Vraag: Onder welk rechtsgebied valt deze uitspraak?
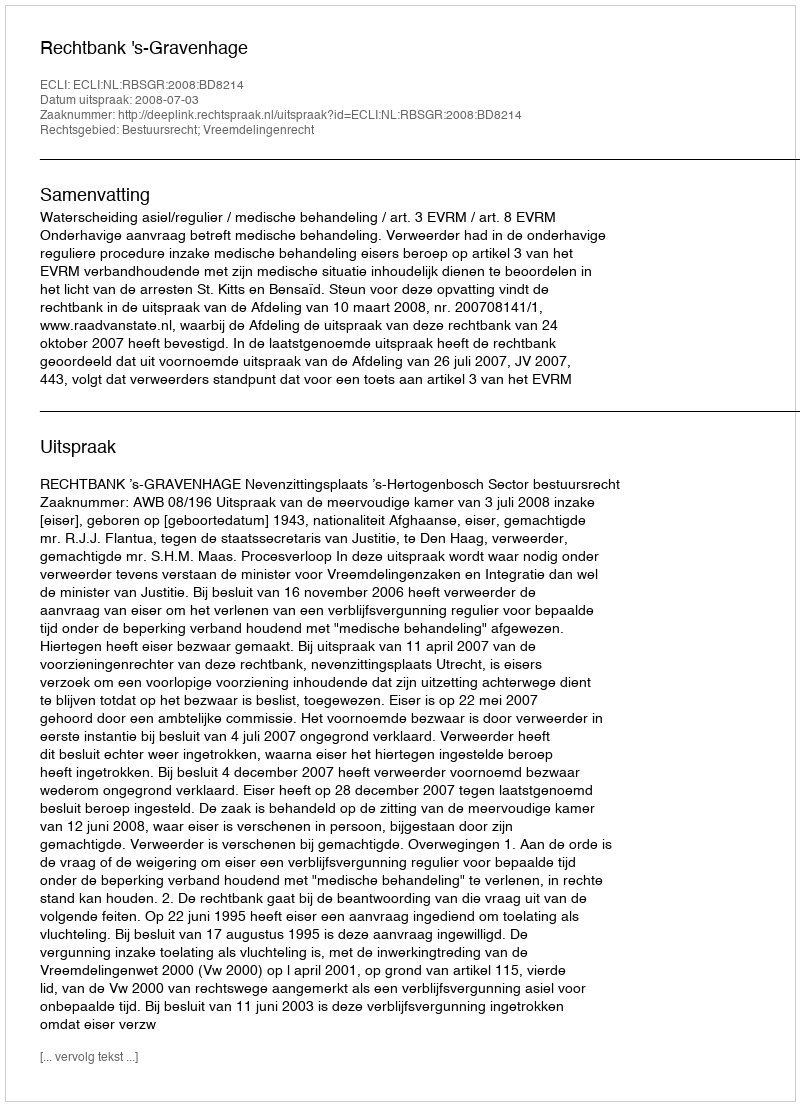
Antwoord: Bestuursrecht; Vreemdelingenrecht